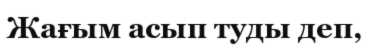
Жағым асып туды деп,